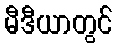
မီဒီယာတွင်